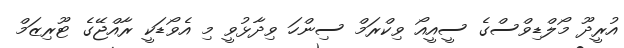
އުރީދޫ މޯލްޑިވްސްގެ ސީއީއޯ ވިކްރަމް ސިންހަ ވިދާޅުވީ މި އެވޯޑަކީ ރާއްޖޭގެ ޓޫރިޒަމް